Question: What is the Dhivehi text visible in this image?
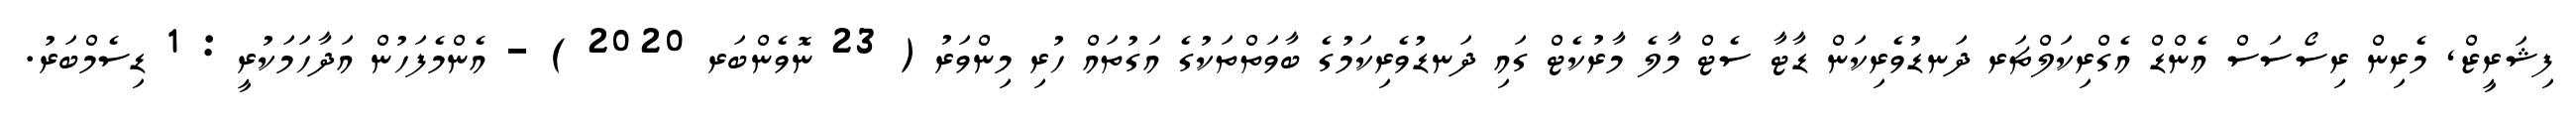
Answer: ފިޝަރީޒް, މެރިން ރިސޯސަސް އެންޑް އެގްރިކަލްޗަރ ދަނޑުވެރިކަން ޑާޓާ ސެޓް މާލެ މާރުކެޓް ގައި ދަނޑުވެރިކަމުގެ ބާވަތްތަކުގެ އަގުތައް ހުރި މިންވަރު ( 23 ނޮވެންބަރ 2020 ) - އެންމެފަހުން އަދާހަމަކުރީ : 1 ޑިސެމްބަރު.